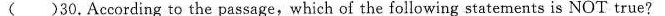
( )30.Acording to the passage,which of the following statements is NOT true?